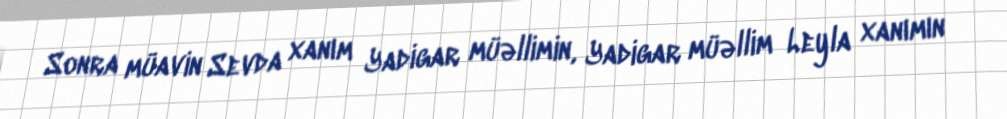
Sonra müavin Sevda xanım Yadigar müəllimin, Yadigar müəllim Leyla xanımın